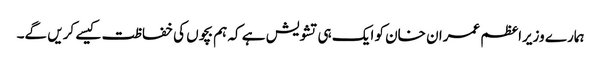
ہمارے وزیراعظم عمران خان کو ایک ہی تشویش ہے کہ ہم بچوں کی خفاظت کیسے کریں گے۔